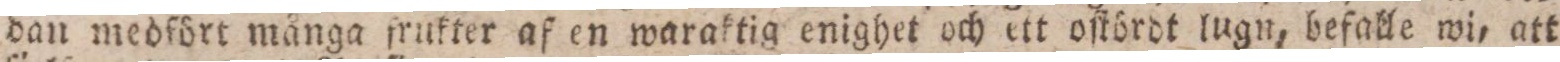
dan medfört många frukter af en waraktig enighet och ett oſtördt lugn, befalle wi, att